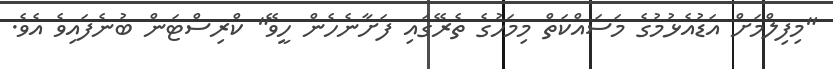
"މިފިލްމަށް އަޑުއެޅުމުގެ މަސައްކަތް މިމަހުގެ ތެރޭގައި ފަށާނެެހެން ހީވޭ" ކްރިސްޓަން ބުނެފައިވެ އެވެ.